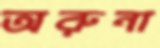
অরুনা